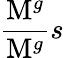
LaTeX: \frac{\mathrm{{M}}^{g}}{\mathrm{{M}}^{g}}{{s}}